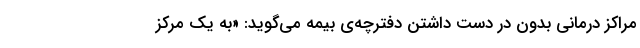
مراکز درمانی بدونِ در دست داشتنِ دفترچه‌ی بیمه می‌گوید: «به یک مرکز